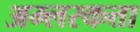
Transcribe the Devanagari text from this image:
अम्लरकत्ता